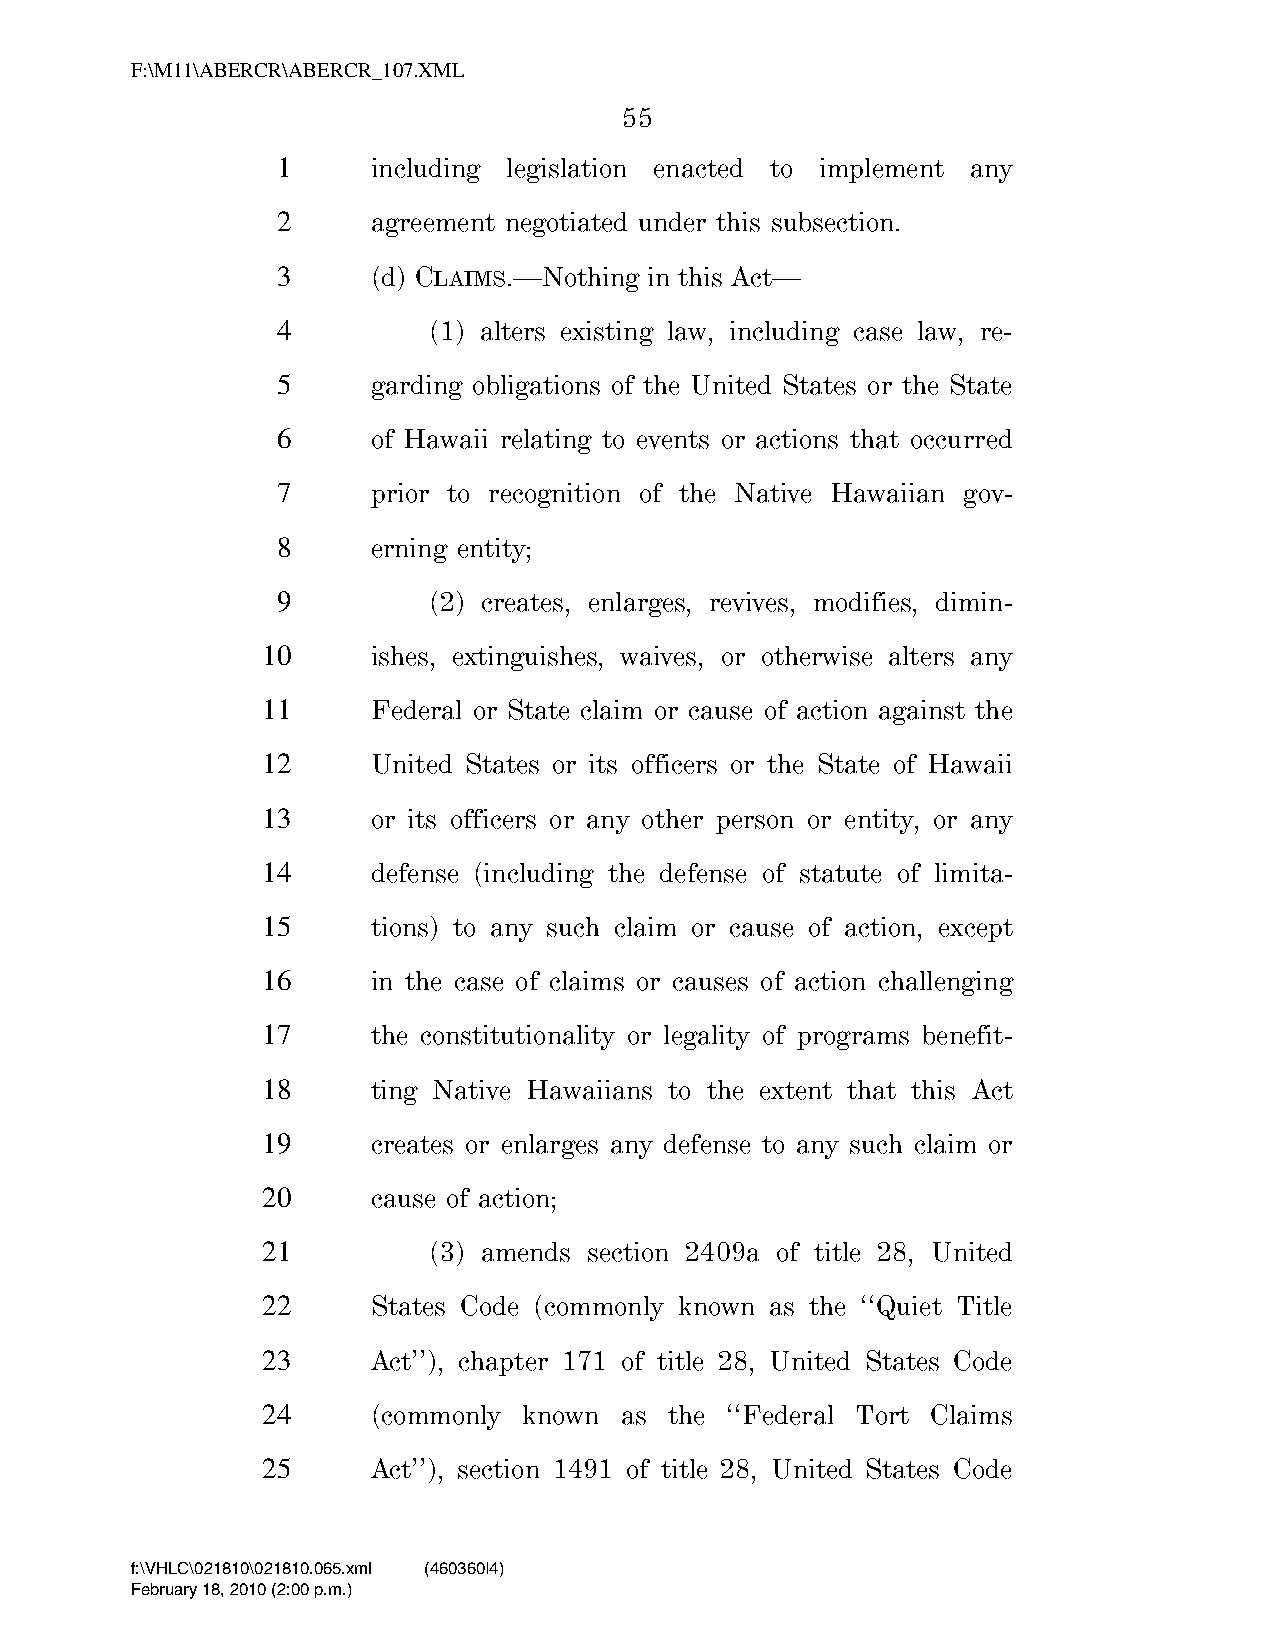
F:\M11\ABERCR\ABERCR_107.XML
 55
 1      including legislation enacted to implement any
 2      agreement negotiated under this subsection.
 3      (d) CLAIMS.—Nothing in this Act—
 4         (1) alters existing law, including case law, re-
 5      garding obligations of the United States or the State
 6      of Hawaii relating to events or actions that occurred
 7      prior to recognition of the Native Hawaiian gov-
 8      erning entity;
 9         (2) creates, enlarges, revives, modifies, dimin-
 10      ishes, extinguishes, waives, or otherwise alters any
 11      Federal or State claim or cause of action against the
 12      United States or its officers or the State of Hawaii
 13      or its officers or any other person or entity, or any
 14      defense (including the defense of statute of limita-
 15      tions) to any such claim or cause of action, except
 16      in the case of claims or causes of action challenging
 17      the constitutionality or legality of programs benefit-
 18      ting Native Hawaiians to the extent that this Act
 19      creates or enlarges any defense to any such claim or
 20      cause of action;
 21         (3) amends section 2409a of title 28, United
 22      States Code (commonly known as the ‘‘Quiet Title
 23      Act’’), chapter 171 of title 28, United States Code
 24      (commonly known as the ‘‘Federal Tort Claims
 25      Act’’), section 1491 of title 28, United States Code
 f:\VHLC\021810\021810.065.xml (460360|4)
 February 18, 2010 (2:00 p.m.)
 VerDate Nov 24 2008 14:00 Feb 18, 2010 Jkt 000000 PO 00000 Frm 00055 Fmt 6652 Sfmt 6201 C:\TEMP\ABERCR_107.XML HOLCPC